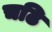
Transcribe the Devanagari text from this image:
चढि